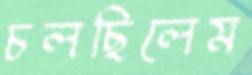
চলছিলেম